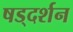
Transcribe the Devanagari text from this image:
षड्‌दर्शन